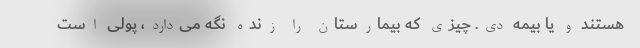
هستند و یا بیمه دی. چیزی که بیمارستان را زنده نگه می‌دارد، پولی است